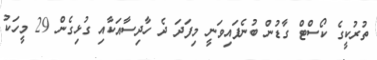
ތުރުކީގެ ކޯސްޓް ގާޑުން ބުނެފައިވަނީ މިފަދަ ދެ ހާދިސާއަކާއި ގުޅިގެން 29 މީހަކު